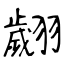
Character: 翽